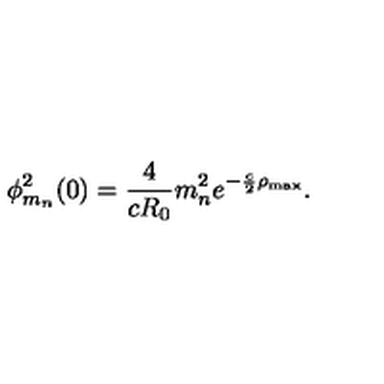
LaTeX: \phi _ { m _ { n } } ^ { 2 } ( 0 ) = \frac { 4 } { c R _ { 0 } } m _ { n } ^ { 2 } e ^ { - \frac { c } { 2 } \rho _ { \mathrm { m a x } } } .